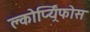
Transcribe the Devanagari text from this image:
क्लोर्प्य्रिफोस